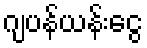
ဂျပန်ယန်းငွေ